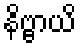
နိဗ္ဗာယိ